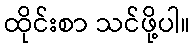
ထိုင်းစာ သင်ဖို့ပါ။